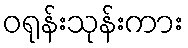
ဝရုန်းသုန်းကား